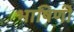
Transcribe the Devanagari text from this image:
भाषिणी